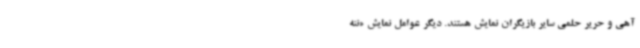
آهی و حریر حلمی سایر بازیگران نمایش هستند. دیگر عوامل نمایش «ننه